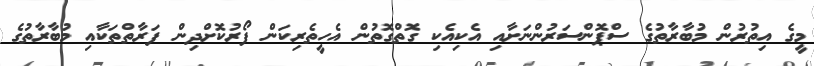
މީގެ އިތުރުން މުބާރާތުގެ ސްޕޮންސަރުންނަށާއި އެކިއެކި ގޮތްގޮތުން އެހީތެރިކަން ފޯރުކޮށްދިން ފަރާތްތަކާއި މުބާރާތުގެ